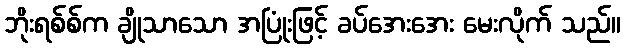
ဘိုးရစ်စ်က ချိုသာသော အပြုံးဖြင့် ခပ်အေးအေး မေးလိုက် သည်။